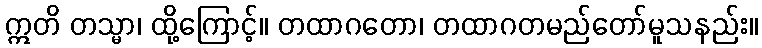
ဣတိ တသ္မာ၊ ထို့ကြောင့်။ တထာဂတော၊ တထာဂတမည်တော်မူသနည်း။